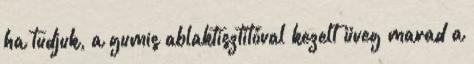
ha tudjuk, a gumis ablaktisztítóval kezelt üveg marad a